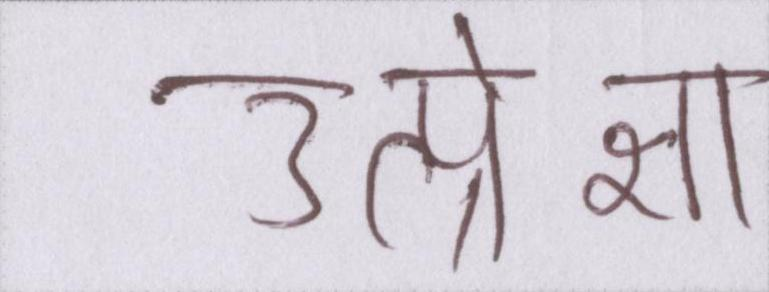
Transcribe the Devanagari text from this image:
उत्प्रेक्षा